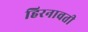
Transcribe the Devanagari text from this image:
हिरनावती